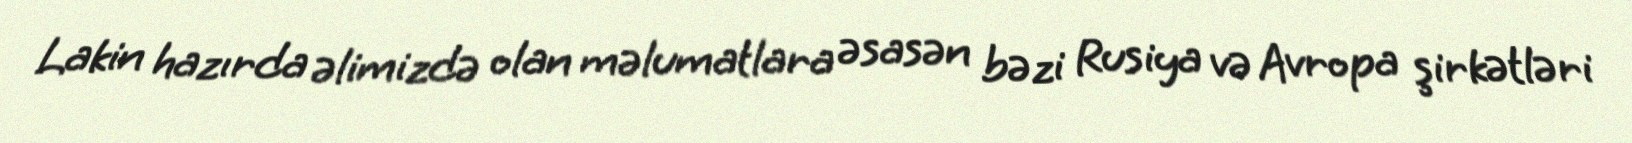
Lakin hazırda əlimizdə olan məlumatlara əsasən bəzi Rusiya və Avropa şirkətləri